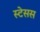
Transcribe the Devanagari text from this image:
स्टेसस